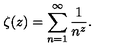
\zeta ( z ) = \sum _ { n = 1 } ^ { \infty } \frac { 1 } { n ^ { z } } .